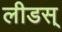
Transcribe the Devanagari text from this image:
लीडस्